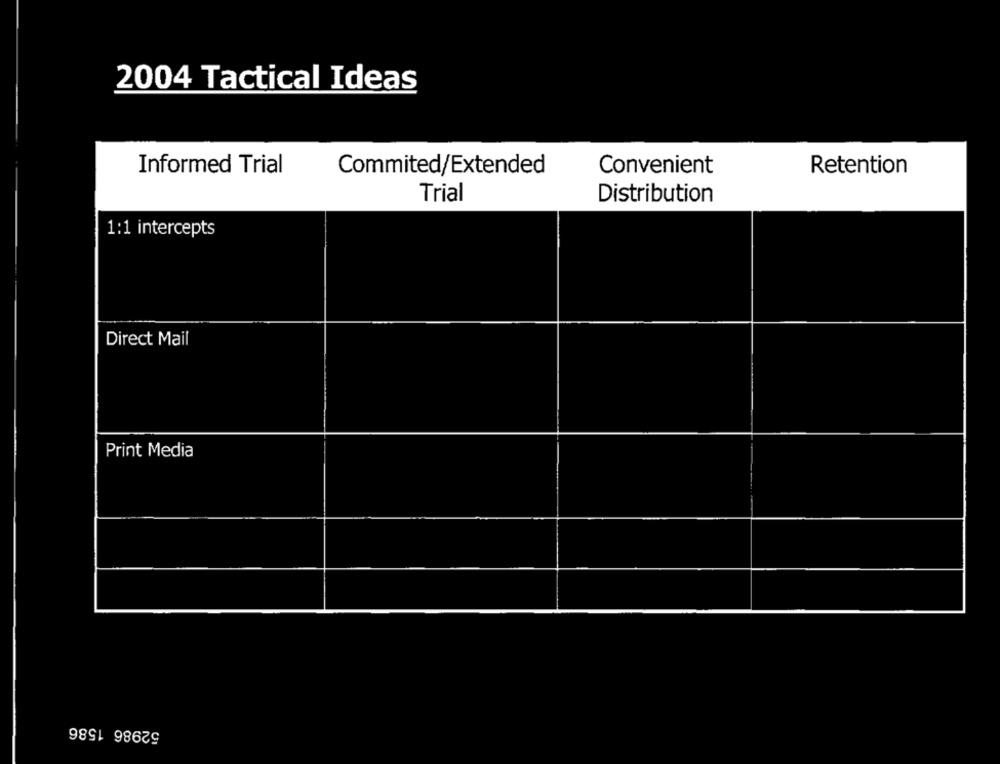
2004 Tactical Ideas
Convenient
Informed Trial
Commited/Extended
Retention
Trial
Distribution
1:1 intercepts
Direct Mail
Print Media
52986 1586